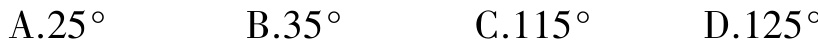
A.$25^{\circ}$  B.$35^{\circ}$  C.$115^{\circ}$  D.$125^{\circ}$